Problem: 36 + 85 = ?
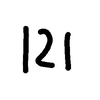
Handwritten answer: 121